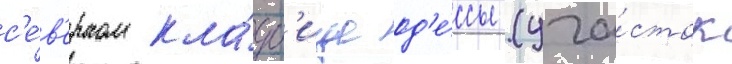
с'е́в'ерном кла́дб'ище од'е́ссы (уча́сток